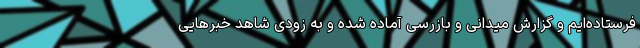
فرستاده‌ایم و گزارش میدانی و بازرسی آماده شده و به زودی شاهد خبرهایی